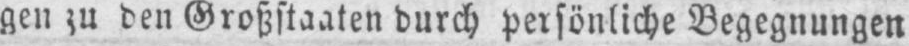
gen zu den Großstaaten durch persönliche Begegnungen